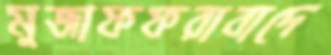
মুজাফফরাবাদে